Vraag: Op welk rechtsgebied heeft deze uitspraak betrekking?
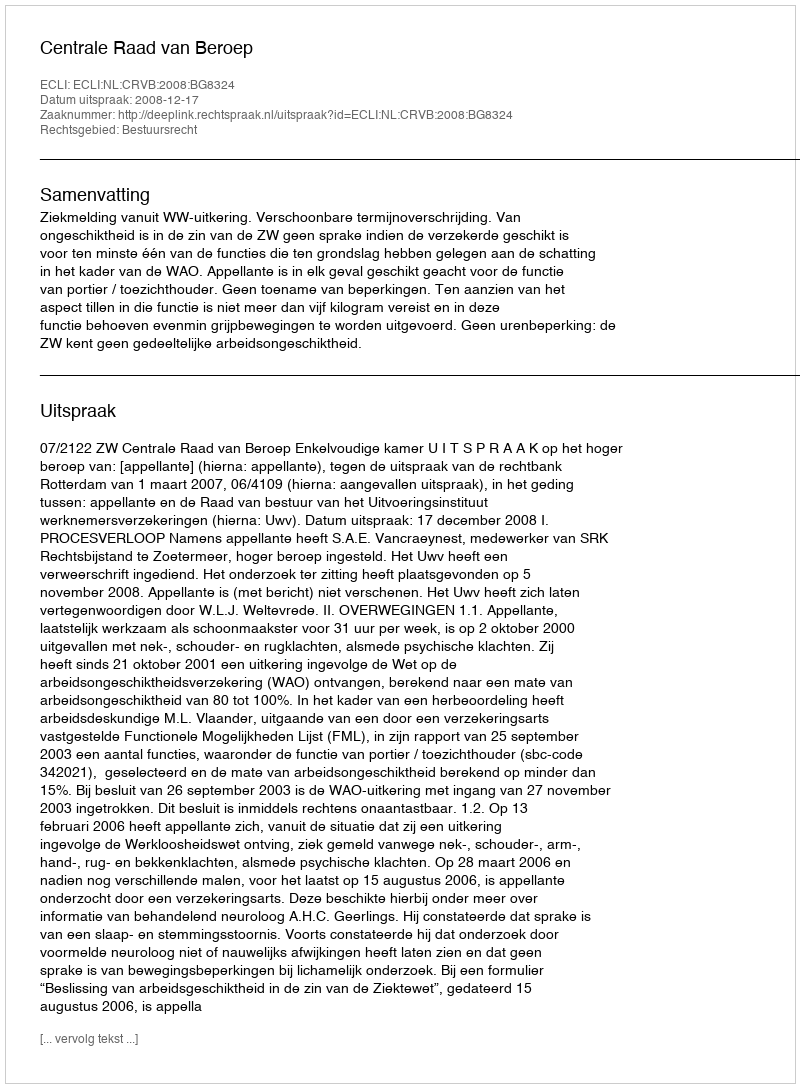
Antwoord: Bestuursrecht